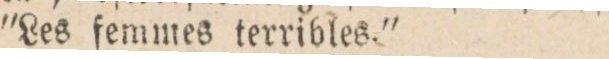
”Les femmes terribles.”